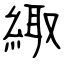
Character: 緅